Annual administration and progress report of the Indian Medical Department, Bombay
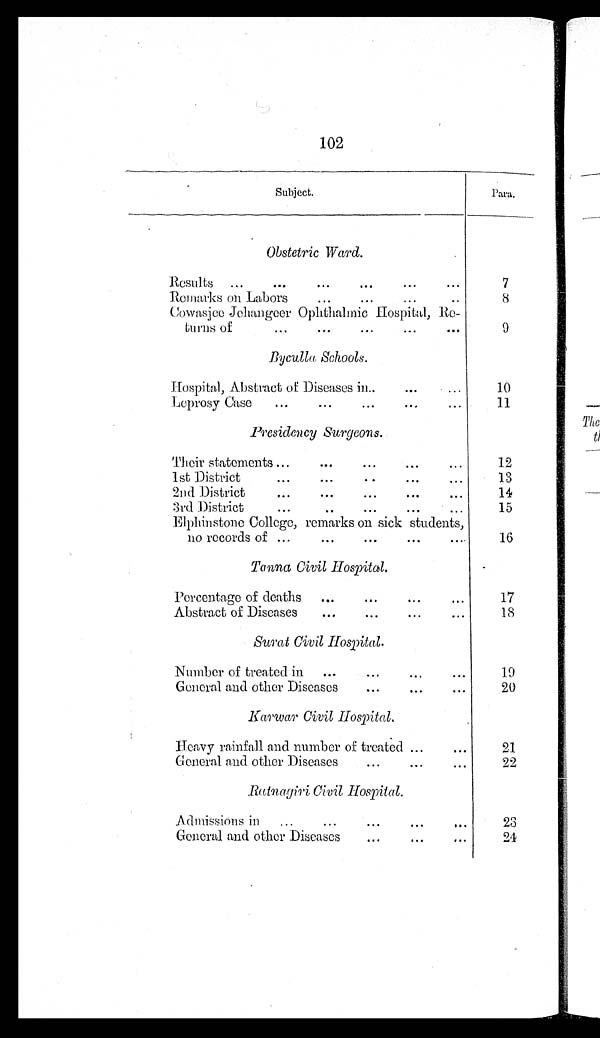
102
Subject.
Para.
Obstetric Ward.
Results ...
...
...
...
...
...
7
Remarks on Labors
...
... ...
. .
8
Cowasjee Jehangeer Ophthalmic Hospital, Re-
turns of
. . .
...
...
...
. . .
9
Byculla Schools.
Hospital, Abstract of Diseases in..
...
...
1 0
Leprosy Case
...
...
. . . ...
...
11
Presidency Surgeons.
Their statements ...
...
. . . ...
. . .
1 2
1st District
...
...
. . ...
. . .
13
2nd District
...
...
. . . ...
...
14
3rd District
. . .
..
. . . ...
. . .
15
Elphinstone College, remarks on sick students,
no records of ...
...
. . . ...
. . .
16
Tanna Civil Hospital.
Percentage of deaths
...
. . .
...
. . .
17
Abstract of Diseases
...
...
...
...
1 8
Surat Civil Hospital.
Number of treated in ...
...
...
...
1 9
General and other Diseases
...
...
...
20
Karwar Civil Hospital.
Heavy rainfall and number of treated ...
. . .
21
General and other Diseases
...
...
...
22
Ratnagiri Civil Hospital.
A d m i s s i o n i n . . .
. . .
. . .
...
. . .
23
General and other Diseases
. . .
...
. . .
24